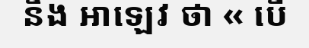
នឹង អាឡេវ ថា « បើ